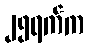
၂၅ရက်က